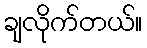
ချလိုက်တယ်။